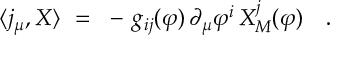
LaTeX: \langle j _ { \mu } , X \rangle ~ = ~ - \, g _ { i j } ( \varphi ) \, \partial _ { \mu } \varphi ^ { i } \, X _ { M } ^ { j } ( \varphi ) ~ ~ ~ .